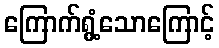
ကြောက်ရွံ့သောကြောင့်